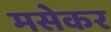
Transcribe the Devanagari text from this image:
मसेकर